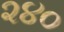
૨૪૦